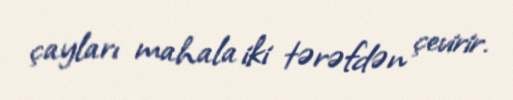
çayları mahala iki tərəfdən çevirir.